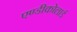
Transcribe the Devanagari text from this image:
एण्डीकोलार्ड